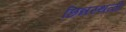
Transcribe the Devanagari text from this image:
छिन्नस्थळी